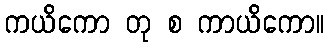
ကယိကော တု စ ကာယိကော။